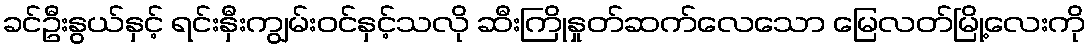
ခင်ဦးနွယ်နှင့် ရင်းနှီးကျွမ်းဝင်နှင့်သလို ဆီးကြိုနှုတ်ဆက်လေသော မြေလတ်မြို့လေးကို